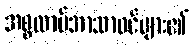
အစ္စလာမ်ဘာသာဝင်များ၏